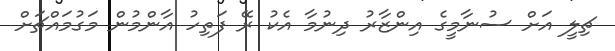
ޗިލީ އަށް ސުނާމީގެ އިންޒާރު ދިނުމާ އެކު ރޭ ފަތިހު އާންމުން މަގުމައްޗަށް